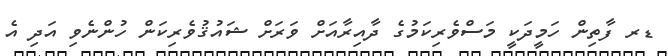
ޑރ ފާތިން ހަމީދަކީ މަސްވެރިކަމުގެ ދާއިރާއަށް ވަރަށް ޝައުޤުވެރިކަން ހުންނެވި އަދި އެ